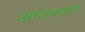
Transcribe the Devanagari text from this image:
नाशिबवान